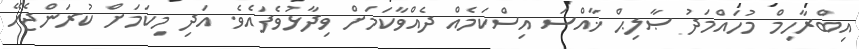
އިބްރާހިމް މުހައްމަދު ޞާލިޙް ޚާއްސަ އިސްކަމެއް ދެއްވާކަމަށް ވިދާޅުވެފައެވެ. އަދި މިކަމަށް ކުރަންޖެހޭ